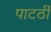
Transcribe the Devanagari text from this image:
पाटर्ठी